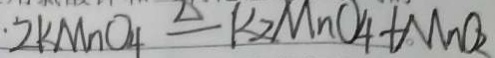
2 k M n O _ { 4 } ] \Delta q K _ { 2 } M n O _ { 4 } + M n O _ { 2 }